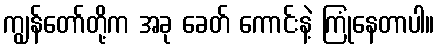
ကျွန်တော်တို့က အခု ခေတ် ကောင်းနဲ့ ကြုံနေတာပါ။